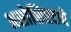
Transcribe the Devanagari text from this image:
असोशिएटने